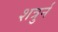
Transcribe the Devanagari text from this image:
शत्रुर्न